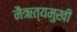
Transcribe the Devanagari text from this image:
नैऋत्यमुखी